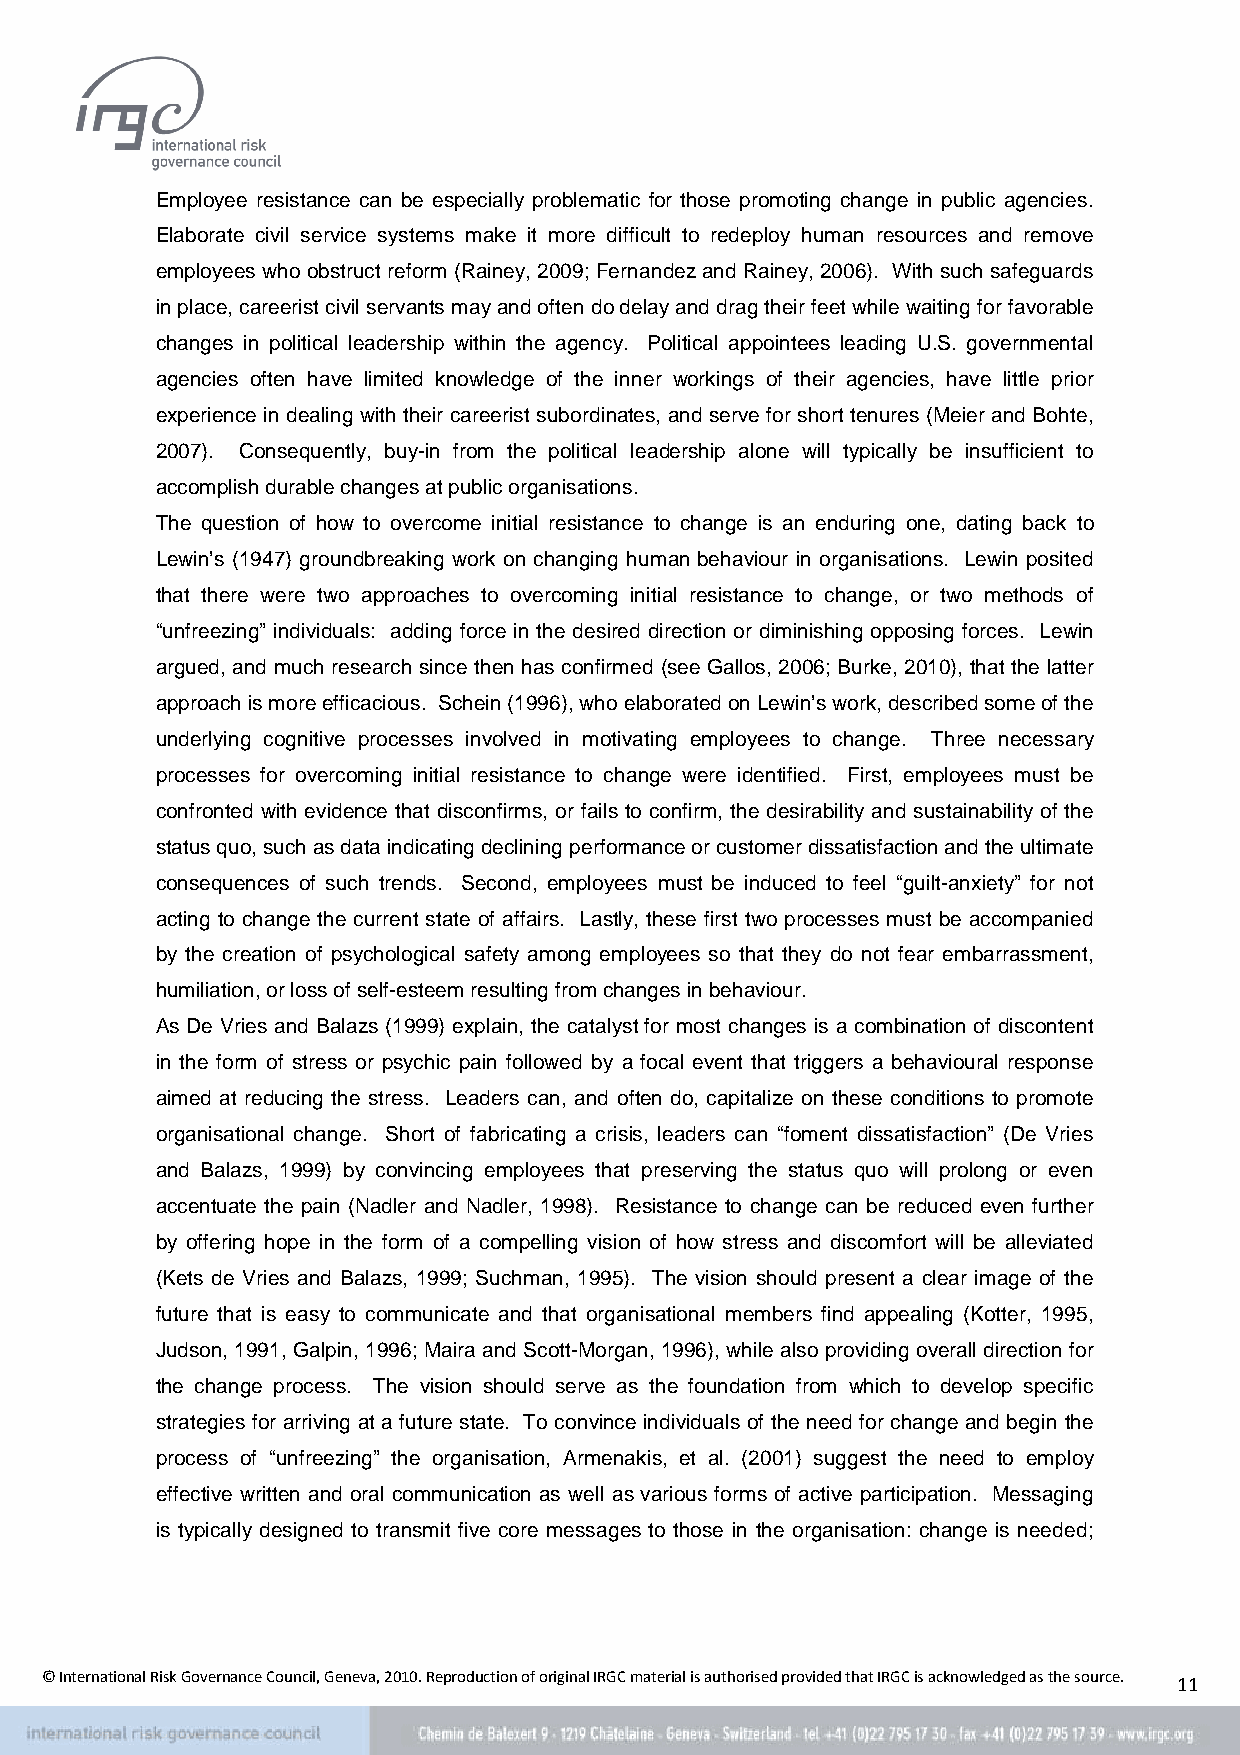
Employee resistance can be especially problematic for those promoting change in public agencies.
 Elaborate civil service systems make it more difficult to redeploy human resources and remove
 employees who obstruct reform (Rainey, 2009; Fernandez and Rainey, 2006). With such safeguards
 in place, careerist civil servants may and often do delay and drag their feet while waiting for favorable
 changes in political leadership within the agency. Political appointees leading U.S. governmental
 agencies often have limited knowledge of the inner workings of their agencies, have little prior
 experience in dealing with their careerist subordinates, and serve for short tenures (Meier and Bohte,
 2007). Consequently, buy-in from the political leadership alone will typically be insufficient to
 accomplish durable changes at public organisations.
 The question of how to overcome initial resistance to change is an enduring one, dating back to
 Lewin’s (1947) groundbreaking work on changing human behaviour in organisations. Lewin posited
 that there were two approaches to overcoming initial resistance to change, or two methods of
 “unfreezing” individuals: adding force in the desired direction or diminishing opposing forces. Lewin
 argued, and much research since then has confirmed (see Gallos, 2006; Burke, 2010), that the latter
 approach is more efficacious. Schein (1996), who elaborated on Lewin’s work, described some of the
 underlying cognitive processes involved in motivating employees to change. Three necessary
 processes for overcoming initial resistance to change were identified. First, employees must be
 confronted with evidence that disconfirms, or fails to confirm, the desirability and sustainability of the
 status quo, such as data indicating declining performance or customer dissatisfaction and the ultimate
 consequences of such trends. Second, employees must be induced to feel “guilt-anxiety” for not
 acting to change the current state of affairs. Lastly, these first two processes must be accompanied
 by the creation of psychological safety among employees so that they do not fear embarrassment,
 humiliation, or loss of self-esteem resulting from changes in behaviour.
 As De Vries and Balazs (1999) explain, the catalyst for most changes is a combination of discontent
 in the form of stress or psychic pain followed by a focal event that triggers a behavioural response
 aimed at reducing the stress. Leaders can, and often do, capitalize on these conditions to promote
 organisational change. Short of fabricating a crisis, leaders can “foment dissatisfaction” (De Vries
 and Balazs, 1999) by convincing employees that preserving the status quo will prolong or even
 accentuate the pain (Nadler and Nadler, 1998). Resistance to change can be reduced even further
 by offering hope in the form of a compelling vision of how stress and discomfort will be alleviated
 (Kets de Vries and Balazs, 1999; Suchman, 1995). The vision should present a clear image of the
 future that is easy to communicate and that organisational members find appealing (Kotter, 1995,
 Judson, 1991, Galpin, 1996; Maira and Scott-Morgan, 1996), while also providing overall direction for
 the change process. The vision should serve as the foundation from which to develop specific
 strategies for arriving at a future state. To convince individuals of the need for change and begin the
 process of “unfreezing” the organisation, Armenakis, et al. (2001) suggest the need to employ
 effective written and oral communication as well as various forms of active participation. Messaging
 is typically designed to transmit five core messages to those in the organisation: change is needed;
 © International Risk Governance Council, Geneva, 2010. Reproduction of original IRGC material is authorised provided that IRGC is acknowledged as the source. 11